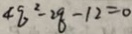
4 q ^ { 2 } - 2 q - 1 2 = 0